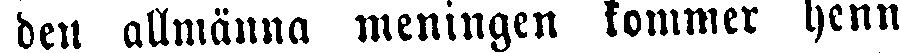
den allmänna meningen kommer henn